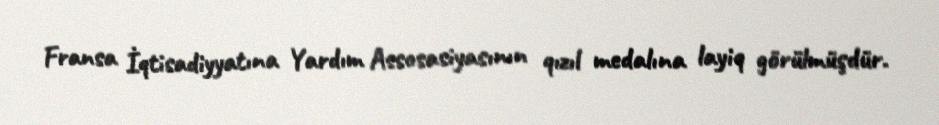
Fransa İqtisadiyyatına Yardım Assosasiyasının qızıl medalına layiq görülmüşdür.